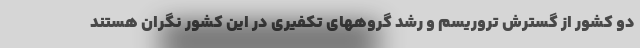
دو کشور از گسترش تروریسم و رشد گروههای تکفیری در این کشور نگران هستند